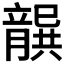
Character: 𭘐